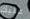
عليك